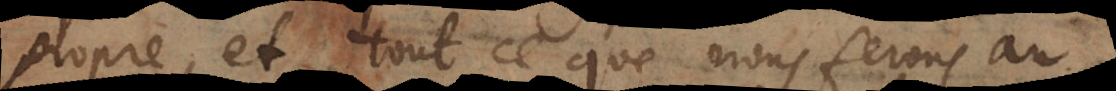
propre, et tout ce que nous ferons au